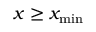
x \geq x _ { \operatorname* { m i n } }